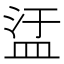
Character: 盓